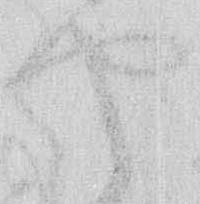
や